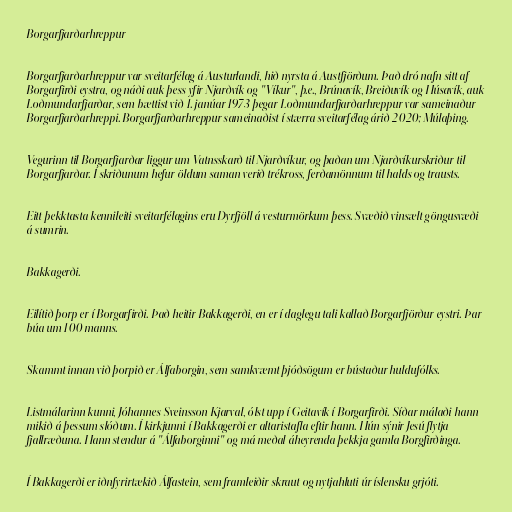
Borgarfjarðarhreppur

Borgarfjarðarhreppur var sveitarfélag á Austurlandi, hið nyrsta á Austfjörðum. Það dró nafn sitt af
Borgarfirði eystra, og náði auk þess yfir Njarðvík og "Víkur", þ.e., Brúnavík, Breiðuvík og Húsavík, auk
Loðmundarfjarðar, sem bættist við 1. janúar 1973 þegar Loðmundarfjarðarhreppur var sameinaður
Borgarfjarðarhreppi. Borgarfjarðarhreppur sameinaðist í stærra sveitarfélag árið 2020; Múlaþing.

Vegurinn til Borgarfjarðar liggur um Vatnsskarð til Njarðvíkur, og þaðan um Njarðvíkurskriður til
Borgarfjarðar. Í skriðunum hefur öldum saman verið trékross, ferðamönnum til halds og trausts.

Eitt þekktasta kennileiti sveitarfélagins eru Dyrfjöll á vesturmörkum þess. Svæðið vinsælt göngusvæði
á sumrin.

Bakkagerði.

Eilítið þorp er í Borgarfirði. Það heitir Bakkagerði, en er í daglegu tali kallað Borgarfjörður eystri. Þar
búa um 100 manns.

Skammt innan við þorpið er Álfaborgin, sem samkvæmt þjóðsögum er bústaður huldufólks.

Listmálarinn kunni, Jóhannes Sveinsson Kjarval, ólst upp í Geitavík í Borgarfirði. Síðar málaði hann
mikið á þessum slóðum. Í kirkjunni í Bakkagerði er altaristafla eftir hann. Hún sýnir Jesú flytja
fjallræðuna. Hann stendur á "Álfaborginni" og má meðal áheyrenda þekkja gamla Borgfirðinga.

Í Bakkagerði er iðnfyrirtækið Álfastein, sem framleiðir skraut og nytjahluti úr íslensku grjóti.